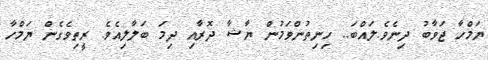
ޔަމްހާ ޖަވާބު ދިނެވެ.ލައްބަ.. ހިނިތުންވަމުން ޔާޝާ ދޮރާއި ދިމަ ބަލާލިއެވެ. ރީތިވެގެން ޔަމްހާ